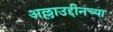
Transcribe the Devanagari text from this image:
अल्लाउद्दीनच्या